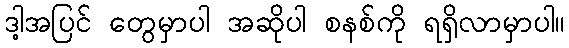
ဒါ့အပြင် တွေမှာပါ အဆိုပါ စနစ်ကို ရရှိလာမှာပါ။